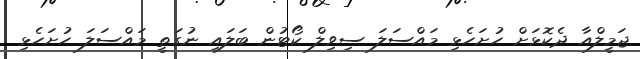
ޖަމީލްއާ ދެކޮޅަށް ހުށަހެޅި މައްސަލަ ސިވިލް ކޯޓުން ބަލައި ނުގަތީ މައްސަލަ ހުށަހެޅި